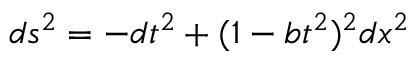
d s ^ { 2 } = - d t ^ { 2 } + ( 1 - b t ^ { 2 } ) ^ { 2 } d x ^ { 2 }